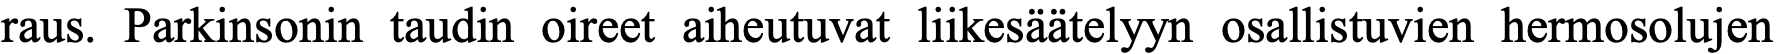
raus. Parkinsonin taudin oireet aiheutuvat liikesäätelyyn osallistuvien hermosolujen